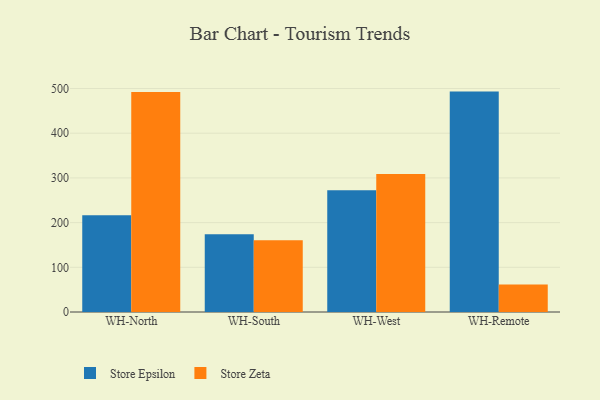
{"axis": {"x": "Warehouse", "y": "Shipments"}, "legend": ["Store Epsilon", "Store Zeta"], "data": [{"x": "WH-North", "y": 216.7, "type": "Store Epsilon"}, {"x": "WH-North", "y": 492.1, "type": "Store Zeta"}, {"x": "WH-South", "y": 173.7, "type": "Store Epsilon"}, {"x": "WH-South", "y": 160.3, "type": "Store Zeta"}, {"x": "WH-West", "y": 272.4, "type": "Store Epsilon"}, {"x": "WH-West", "y": 308.7, "type": "Store Zeta"}, {"x": "WH-Remote", "y": 493.1, "type": "Store Epsilon"}, {"x": "WH-Remote", "y": 61.6, "type": "Store Zeta"}]}